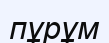
пұрұм